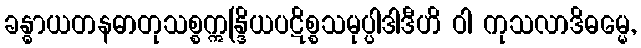
ခန္ဓာယတနဓာတုသစ္စဣန္ဒြိယပဋိစ္စသမုပ္ပါဒါဒီဟိ ဝါ ကုသလာဒိဓမ္မေ,